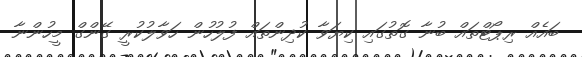
ބައެއް ރިޕޯޓްތައް ބުނާ ގޮތުގައި ކިޔަވާ ކުދިންތައް ފުލުހުން ހަވާލުކުރީ ގޭންގް މީހުންނާ